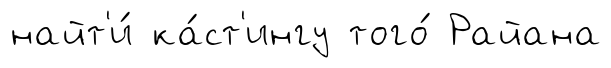
найт'и́ ка́ст'ингу того́ Райана